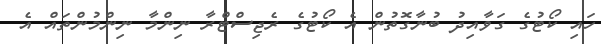
ހައި ކޯޓުގެ ގަވާއިދު ބުނާގޮތުން އެ ކޯޓުގެ ރެޖިސްޓްރާ ނިންމާ ނިންމުންތައް އެ